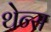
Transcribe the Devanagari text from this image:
थेन्स